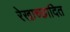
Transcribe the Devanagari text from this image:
रेखाच्छादित